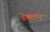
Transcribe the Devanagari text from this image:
डेक्लन